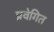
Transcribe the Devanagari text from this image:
प्रवेगित